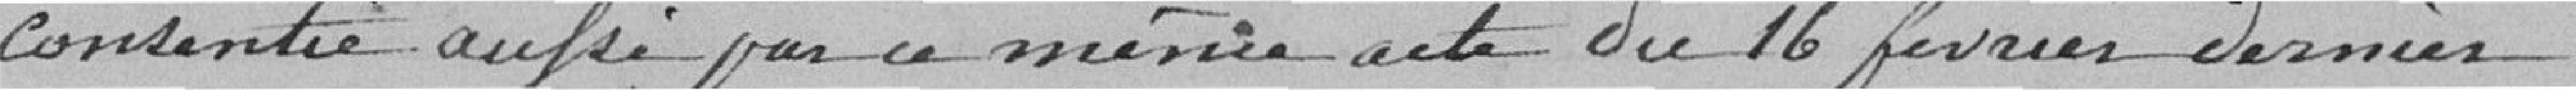
consentie après par ce même acte du 16 février dernier.